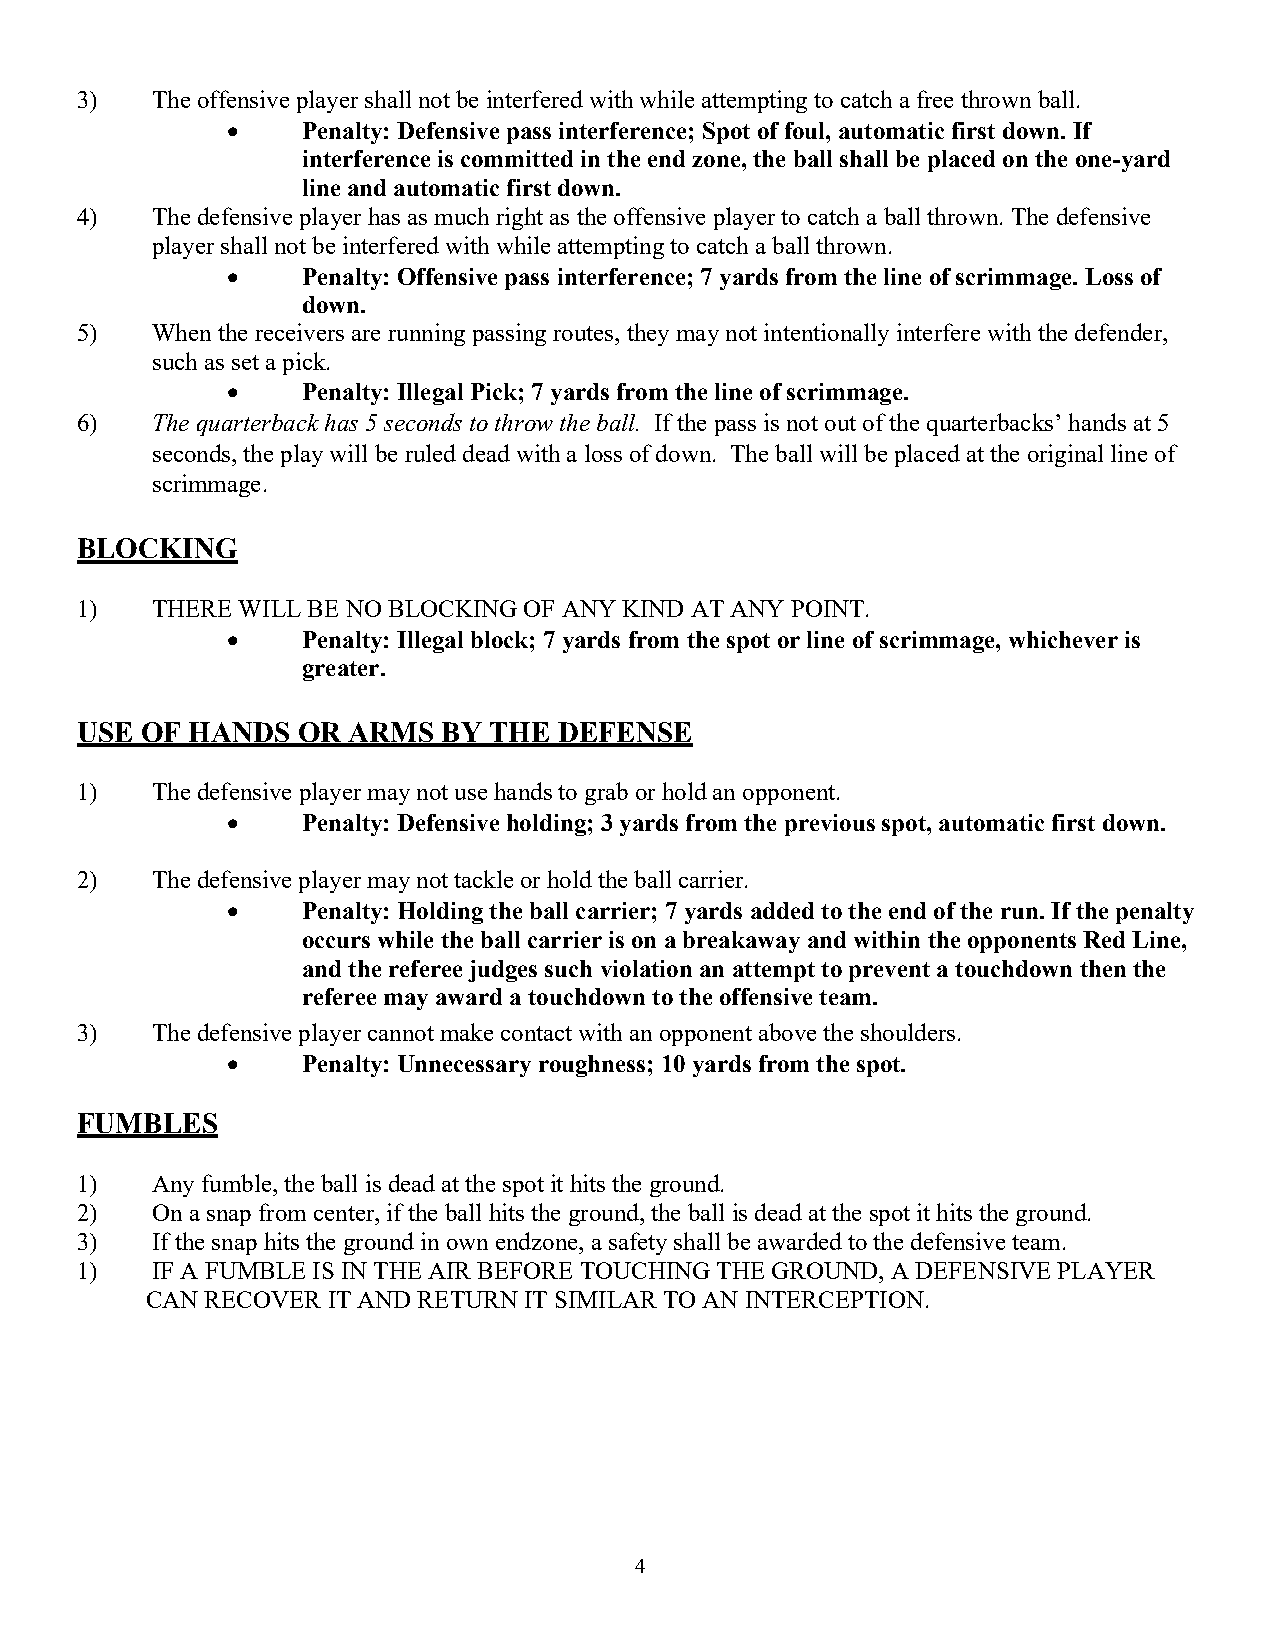
3)   The offensive player shall not be interfered with while attempting to catch a free thrown ball.
 •    Penalty: Defensive pass interference; Spot of foul, automatic first down. If
 interference is committed in the end zone, the ball shall be placed on the one-yard
 line and automatic first down.
 4)   The defensive player has as much right as the offensive player to catch a ball thrown. The defensive
 player shall not be interfered with while attempting to catch a ball thrown.
 •    Penalty: Offensive pass interference; 7 yards from the line of scrimmage. Loss of
 down.
 5)   When the receivers are running passing routes, they may not intentionally interfere with the defender,
 such as set a pick.
 •    Penalty: Illegal Pick; 7 yards from the line of scrimmage.
 6)   The quarterback has 5 seconds to throw the ball. If the pass is not out of the quarterbacks’ hands at 5
 seconds, the play will be ruled dead with a loss of down. The ball will be placed at the original line of
 scrimmage.
 BLOCKING
 1)   THERE WILL BE NO BLOCKING OF ANY KIND AT ANY POINT.
 •    Penalty: Illegal block; 7 yards from the spot or line of scrimmage, whichever is
 greater.
 USE OF HANDS   OR ARMS  BY THE  DEFENSE
 1)   The defensive player may not use hands to grab or hold an opponent.
 •    Penalty: Defensive holding; 3 yards from the previous spot, automatic first down.
 2)   The defensive player may not tackle or hold the ball carrier.
 •    Penalty: Holding the ball carrier; 7 yards added to the end of the run. If the penalty
 occurs while the ball carrier is on a breakaway and within the opponents Red Line,
 and the referee judges such violation an attempt to prevent a touchdown then the
 referee may award a touchdown to the offensive team.
 3)   The defensive player cannot make contact with an opponent above the shoulders.
 •    Penalty: Unnecessary roughness; 10 yards from the spot.
 FUMBLES
 1)   Any fumble, the ball is dead at the spot it hits the ground.
 2)   On a snap from center, if the ball hits the ground, the ball is dead at the spot it hits the ground.
 3)   If the snap hits the ground in own endzone, a safety shall be awarded to the defensive team.
 1)   IF A FUMBLE IS IN THE AIR BEFORE TOUCHING THE GROUND, A DEFENSIVE PLAYER
 CAN RECOVER IT AND RETURN IT SIMILAR TO AN INTERCEPTION.
 4